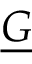
\underline { { \boldsymbol { G } } }